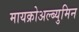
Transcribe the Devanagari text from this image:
मायक्रोअल्ब्युमिन